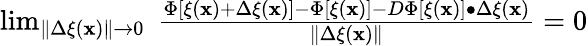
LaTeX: \begin{array}{r}{\operatorname*{lim}_{\| \Delta\xi(\mathbf{x})\| \rightarrow 0}\; \frac{\Phi[\xi(\mathbf{x})+\Delta\xi(\mathbf{x})]-\Phi[\xi(\mathbf{x})]-D\Phi[\xi(\mathbf{x})]\bullet\Delta\xi(\mathbf{x})}{\| \Delta\xi(\mathbf{x})\| }=0}\end{array}